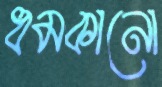
ধমকানো